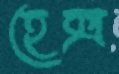
হেক্স